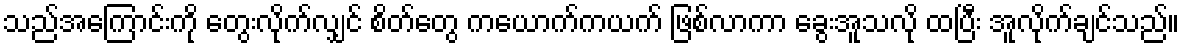
သည်အကြောင်းကို တွေးလိုက်လျှင် စိတ်တွေ ကယောက်ကယက် ဖြစ်လာကာ ခွေးအူသလို ထပြီး အူလိုက်ချင်သည်။